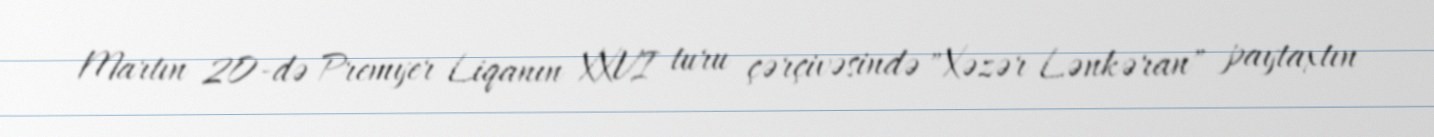
Martın 20-də Premyer Liqanın XXVI turu çərçivəsində "Xəzər Lənkəran" paytaxtın